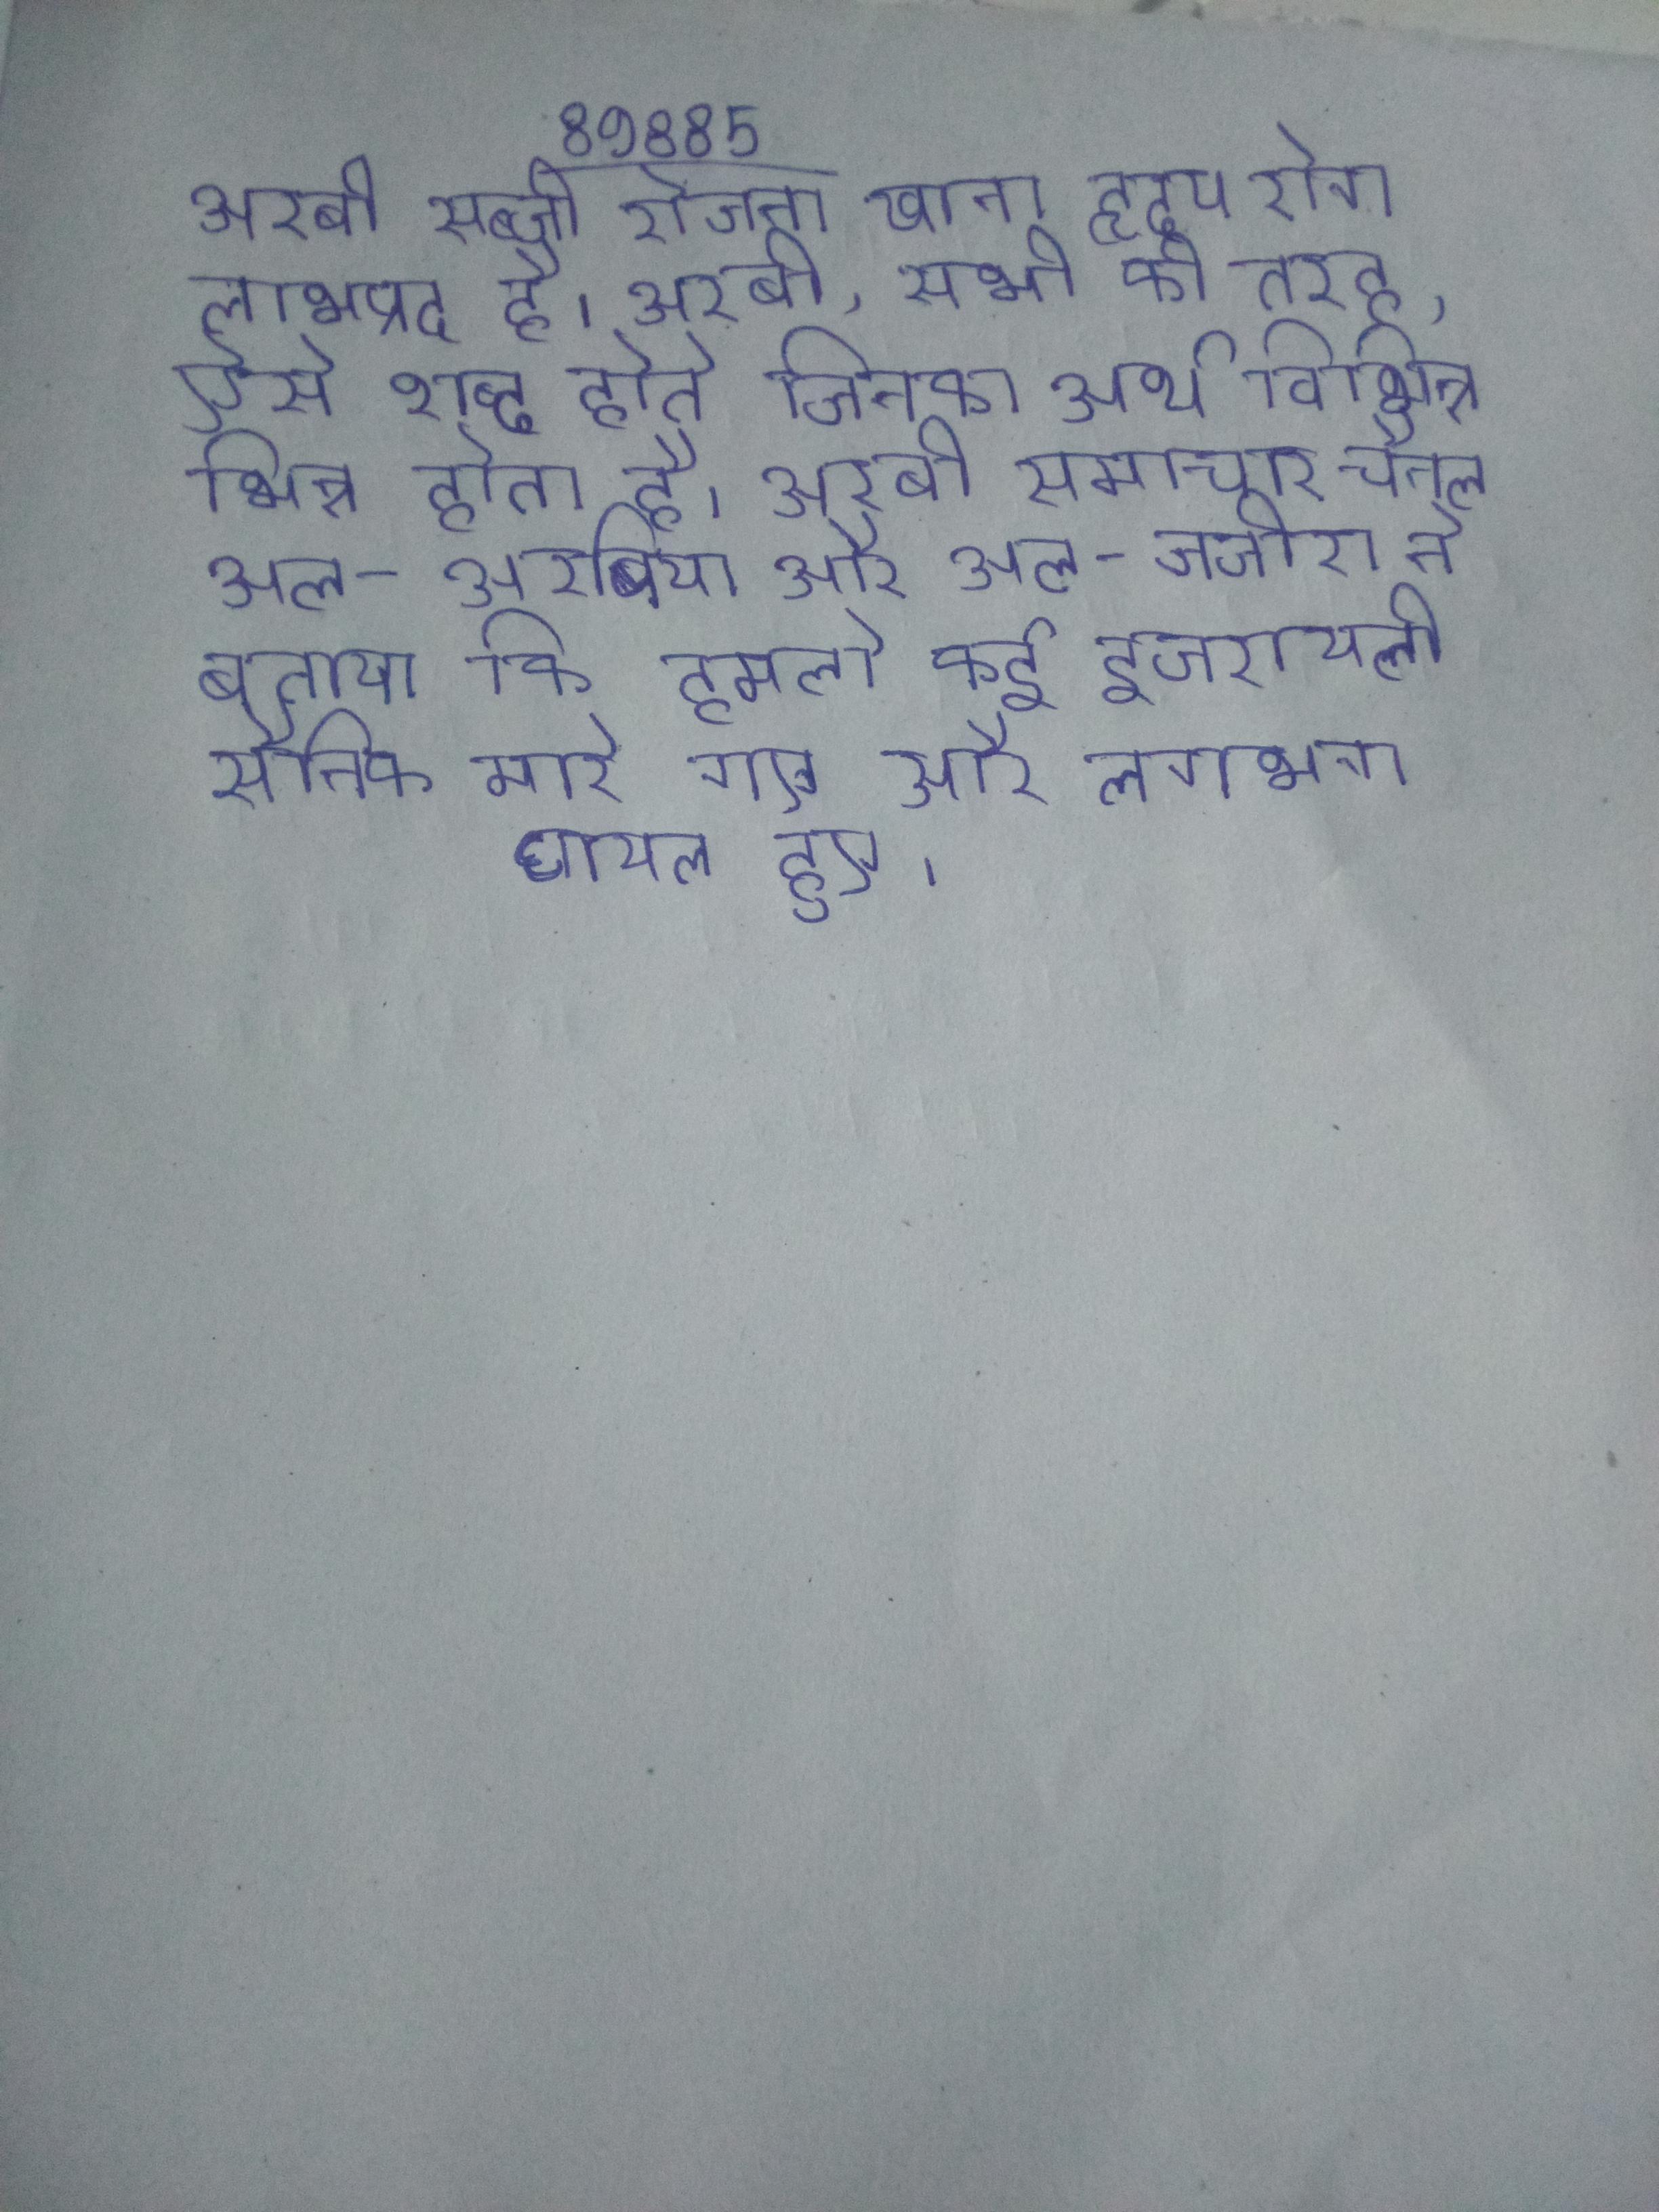
अरबी सब्जी रोजना खाना हृदय रोग लाभप्रद है । अरबी, सभी की तरह, ऐसे शब्द होते जिनका अर्थ विभिन्न भिन्न होता है । अरबी समाचार चैनल अल-अरबिया और अल-जजीरा ने बताया कि हमलो कई इजरायली सैनिक मारे गए और लगभग घायल हुए ।